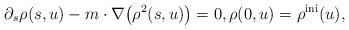
LaTeX: \begin{align*}\partial_s \rho(s,u) - m \cdot \nabla\big(\rho^2(s,u)\big) = 0, \rho(0,u)=\rho^{\rm ini}(u),\end{align*}